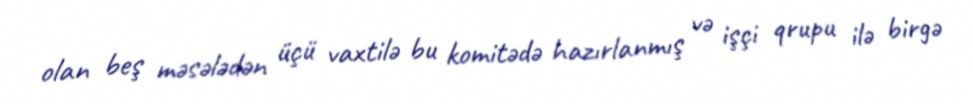
olan beş məsələdən üçü vaxtilə bu komitədə hazırlanmış və işçi qrupu ilə birgə